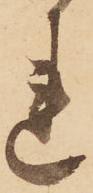
れ